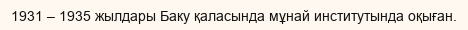
1931 – 1935 жылдары Баку қаласында мұнай институтында оқыған.